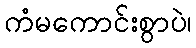
ကံမကောင်းစွာပဲ၊